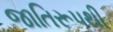
જાતિરૂપથી